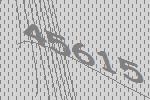
45615